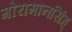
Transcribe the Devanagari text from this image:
गोरामानसिंह्